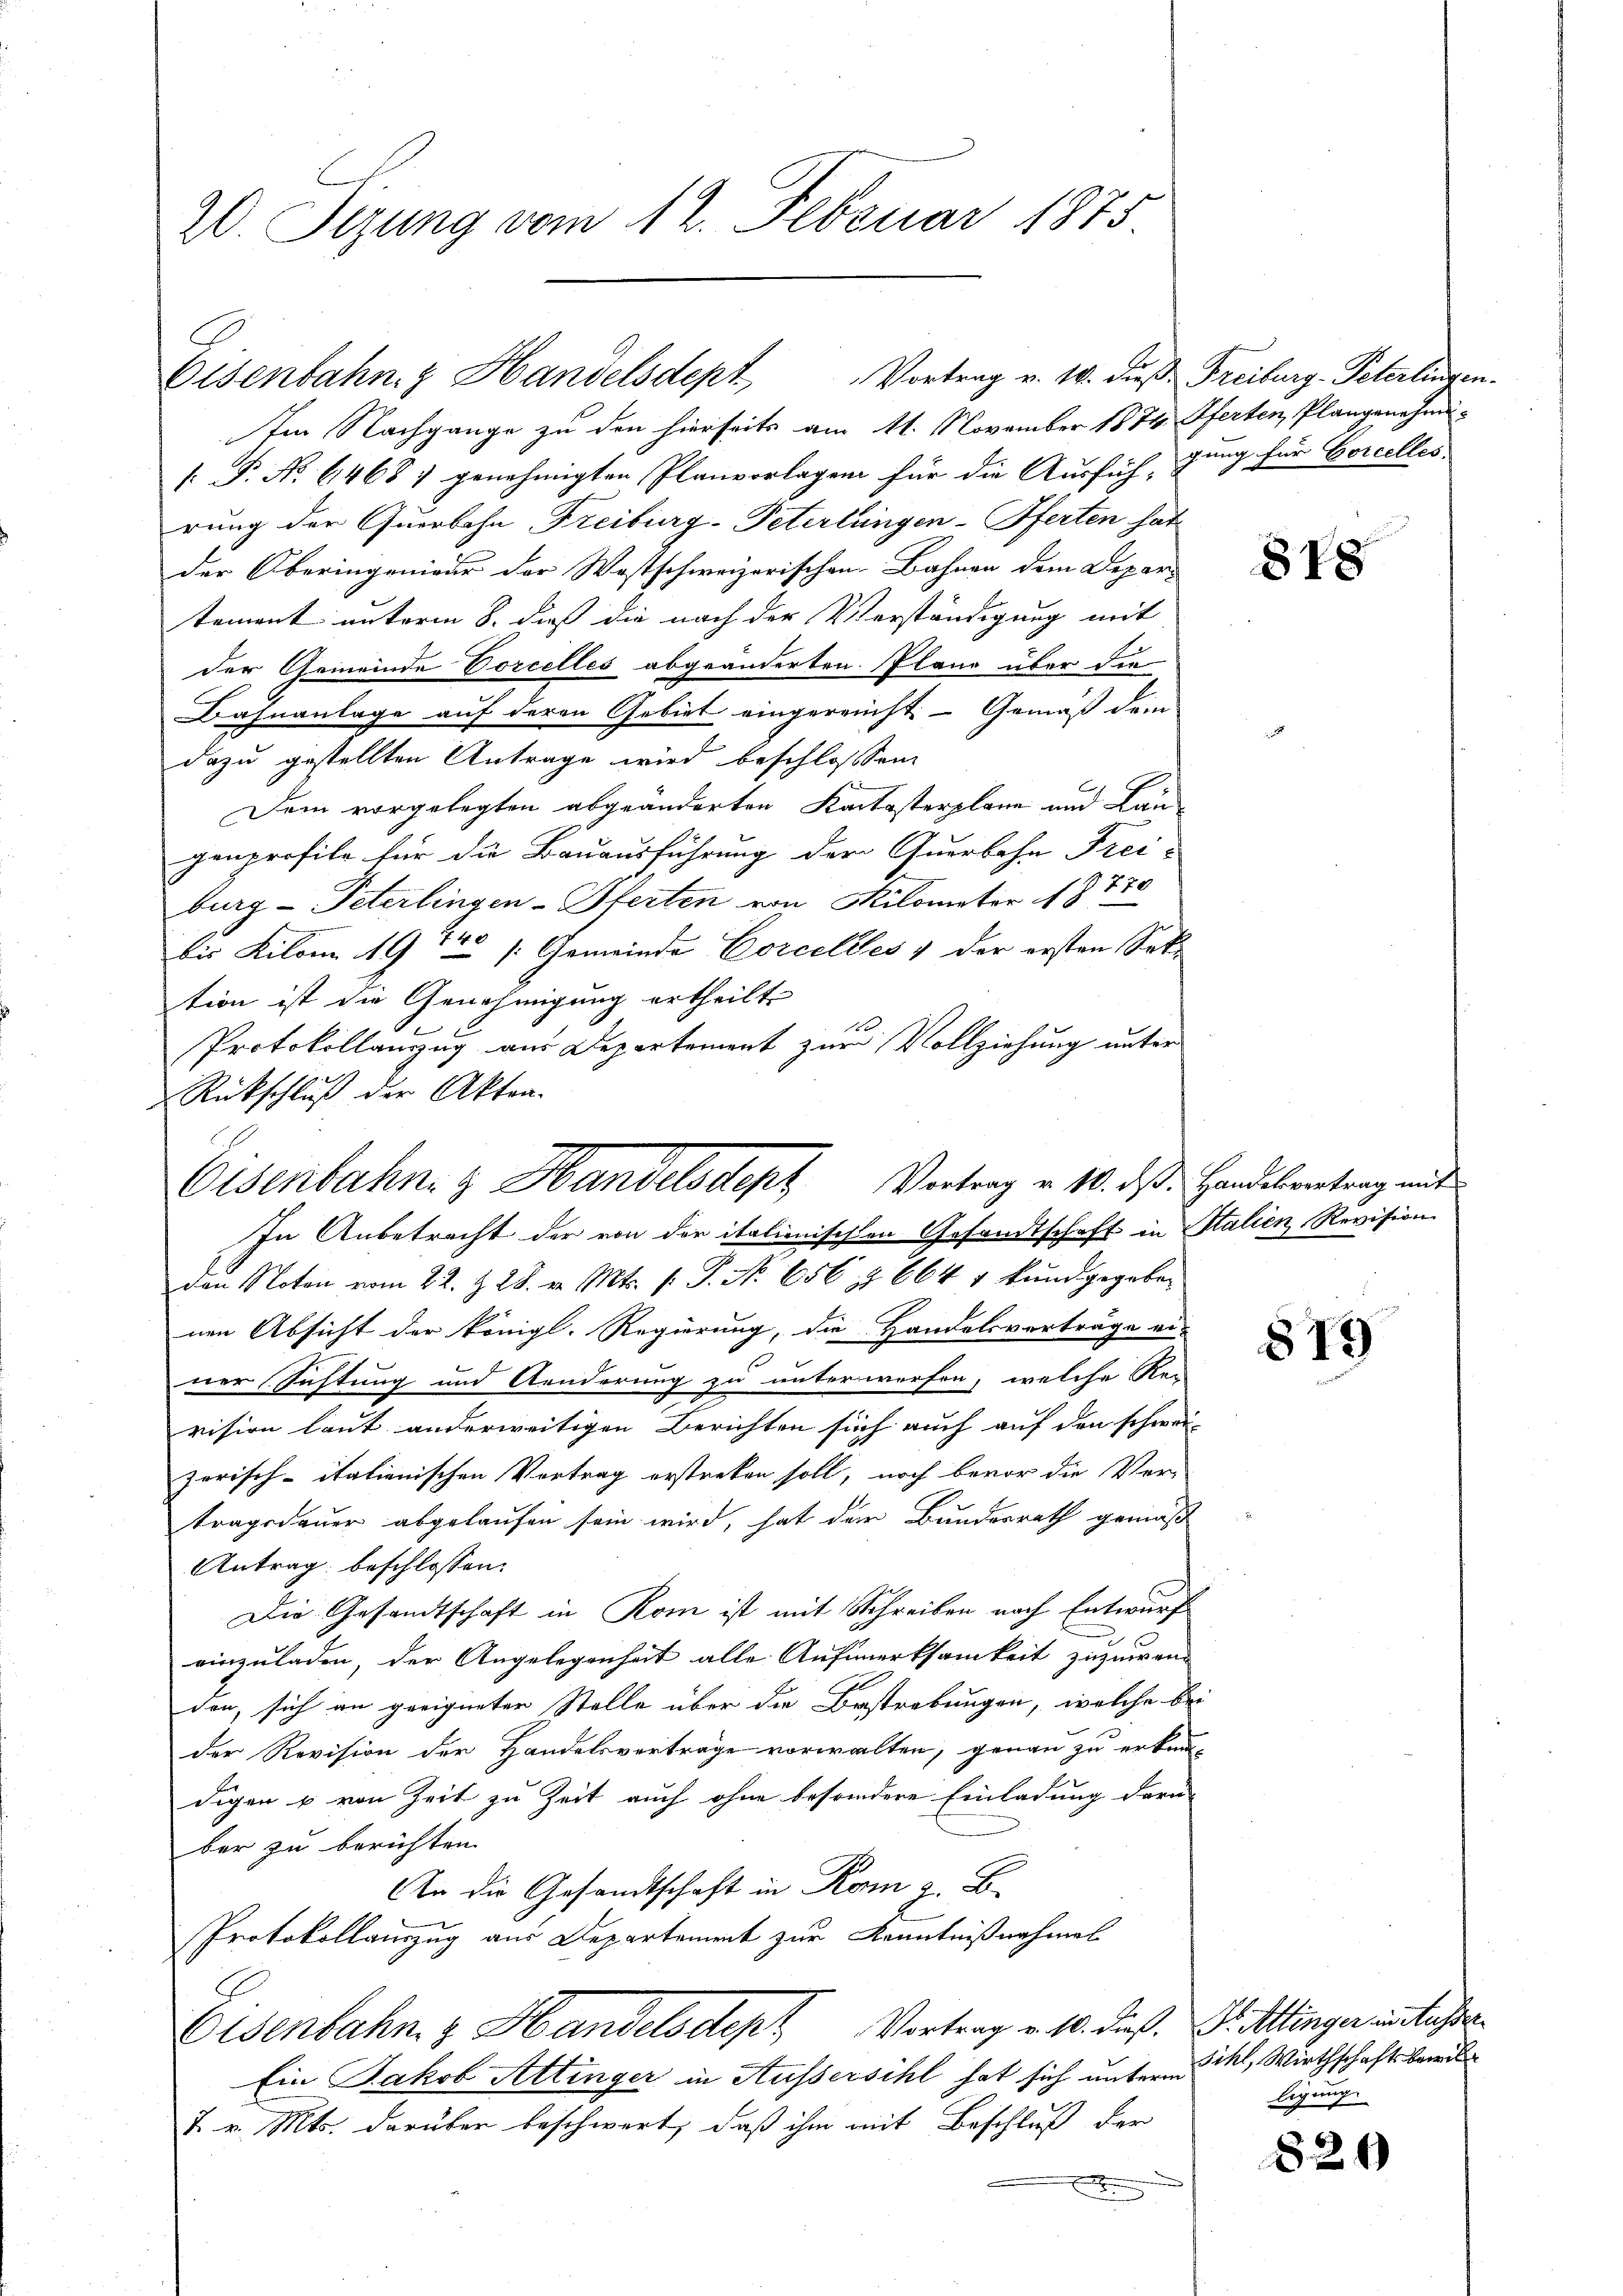
20. Sizung vom 12. Februar 1875.

Eisenbahn z Handelsdept, Vortrag v. 10. dieß Freiburg-Peterlingen.

Im Nachgange zu den hierseits am 11. November 1874. Pferten, Plangenehmi-
[: P. No 6468; genehmigten Planvorlagen für die Ausfüh, ging für Borcelles
rung der Quorbahn Freiburg-Peterlängen-Pferten hat
der Oberingenieur der Wastschweizerischen Bahnen dem Depar-
tement unterm 8. dieß die nach der Verständigung mit
der Gemeinde Corcelles abgeänderten Plane über die
Bahnanlage auf deren Gebiet eingereicht. — Gemäß dem
dazu gestellten Antrage wird beschlossen
Dem vorgelegten abgeänderten Katasterplane und Lan
genprofile für die Bauausführung der Querbahn Frei-
burg - Peterlingen-Pferten von Milometer s. Z. 120
bis Kilome 1944 /: Gemeinde Corcelles & der ersten Settion ist die Genehmigung ertheilt
Protokollanzug aus Departement zur Vollziehung unter
Rückschluß der Akten-
den Noten vom 22. Z. 28. v. Mts. f. P. Nr. 656 § 664 1 kundgegeben
nen Absicht der königl. Regierung, die Handelsverträge ei-
ner Sichtung und Aenderung zu unterwerfen, welche Re-
vision laut anderweitigen Berichten sich auch auf den schwei
zerisch-italienischen Vortrag erstreken soll, noch bevor die Ver-
tragsdauer abgelaufen sein wird, hat der Bundesrath gemäß
Antrag beschlossen:
Die Gesandtschaft in Rom ist mit Schreiben nach Entwurf
2
einzuladen, der Angelegenheit alle Aufmerksamkeit zuzuwen-
den, sich an geeigneter Stelle über die Bestrebungen, welche bei
der Revision der Handelsverträge vorwalten, genau zu erken-
digen u von Zeit zu Zeit auch ohne besondere Einladung darü
ber zu berichten.
An die Gesandtschaft in Rom z. B.
Protokollauszug aus Departement zur Kenntnißnahmel
Eisenbahn & Handelsdept Vortrag v. 10. dieß. I. Klinger in tüchten
Ein Jakob Attinger in Aussersihl hat sich unterm
2. v. Mts. darüber beschwert, daß ihm mit Beschluß der

Eisenbahn & Handelsdept Vortrag v. 10. ds. Handelvertrag mit
In Anbetracht der von der italienischen Gesandtschaft in Stalien Revision

818

879

Sihl, Wirthschaftsbewil
ligung.

829